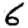
Digit: 6